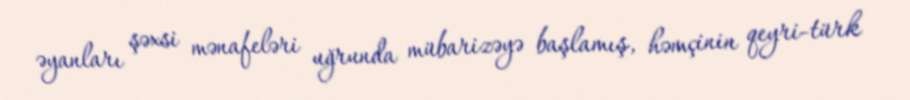
əyanları şəxsi mənafeləri uğrunda mübarizəyə başlamış, həmçinin qeyri-türk